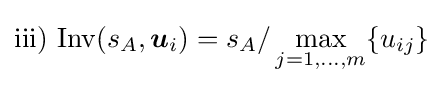
{\text{iii) Inv}}(s_{A},{\boldsymbol {u}}_{i})=s_{A}/\max _{j=1,\ldots ,m}\{u_{ij}\}